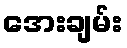
အေးချမ်း